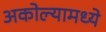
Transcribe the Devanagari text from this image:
अकोल्यामध्ये